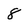
Character: 8